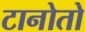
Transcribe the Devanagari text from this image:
टानोतो